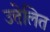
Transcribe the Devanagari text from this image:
उत्तेलित